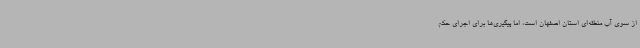
از سوی آب منطقه‌ای استان اصفهان است، اما پیگیری‌ها برای اجرای حکم